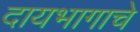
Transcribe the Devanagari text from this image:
दायभागाचे